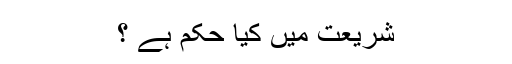
شریعت میں کیا حکم ہے ؟